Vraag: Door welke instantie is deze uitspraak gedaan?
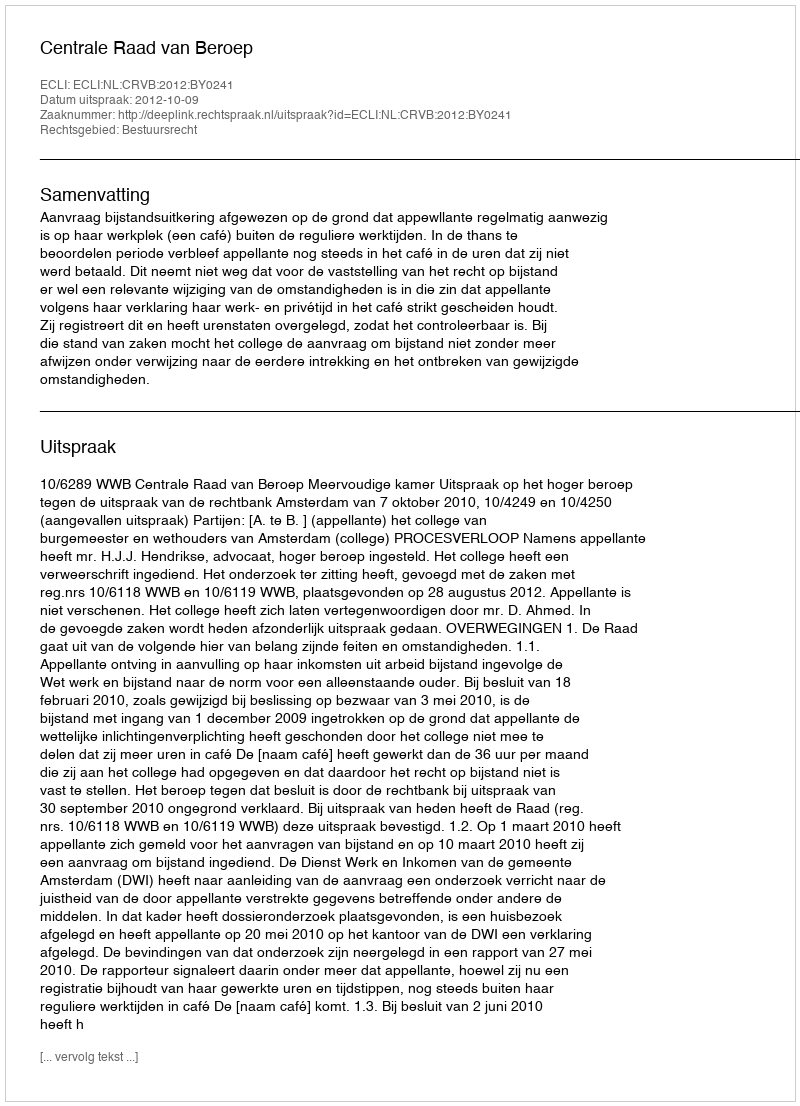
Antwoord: Centrale Raad van Beroep